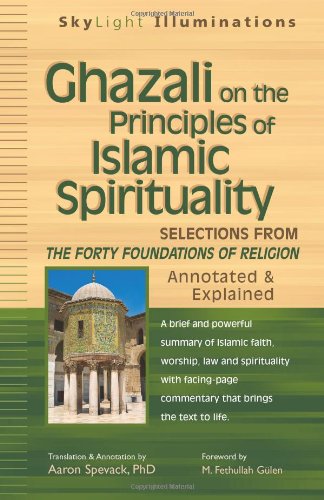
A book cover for Ghazali on the Principles of Islamic Sprituality: Selections from The Forty Foundations of ReligionAnnotated & Explained (SkyLight Illuminations); Religion & Spirituality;